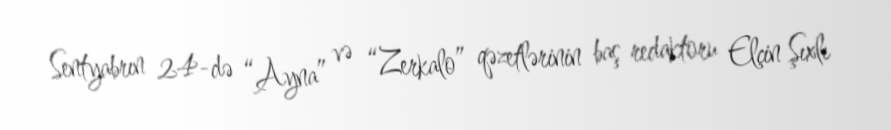
Sentyabrın 24-də “Ayna” və “Zerkalo” qəzetlərinin baş redaktoru Elçin Şıxlı